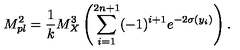
M _ { p l } ^ { 2 } = { \frac { 1 } { k } } M _ { X } ^ { 3 } \left( \sum _ { i = 1 } ^ { 2 n + 1 } ( - 1 ) ^ { i + 1 } e ^ { - 2 \sigma ( y _ { i } ) } \right) . \,